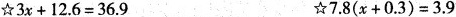
☆$$3 x + 1 2 . 6 = 3 6 . 9$$ ☆$$7 . 8 ( x + 0 . 3 ) = 3 . 9$$